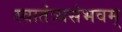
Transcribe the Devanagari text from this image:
स्वातंत्र्यसंभवम्